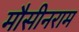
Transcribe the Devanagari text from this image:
मौसीनराम